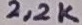
Text: 2,2K